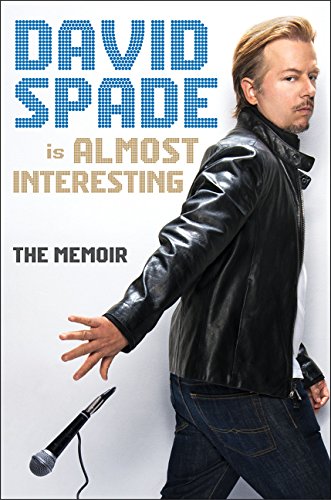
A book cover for Almost Interesting: The Memoir; David Spade; Humor & Entertainment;